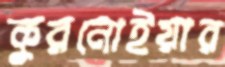
কুরনোইয়ার